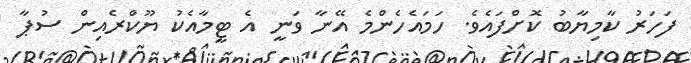
ފަހަރު ކާމިޔާބު ކޮށްފައެވެ. ހަމައެހެންމެ އޭނާ ވަނީ އެ ޓީމާއެކު ޔޫކްރެއިން ސުޕާ